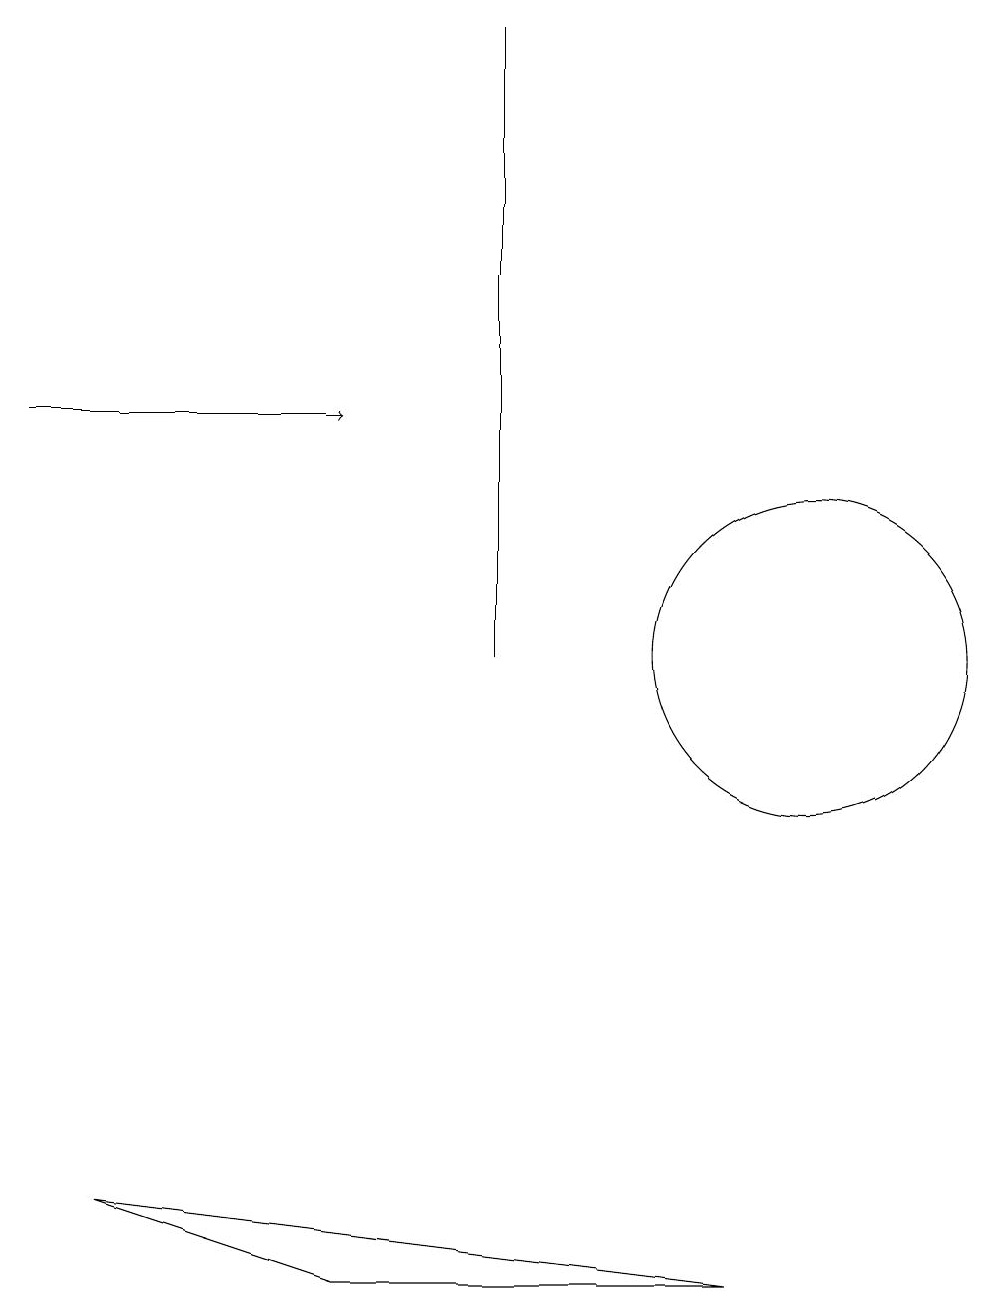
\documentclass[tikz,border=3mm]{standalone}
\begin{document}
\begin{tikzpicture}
\draw (6,10) rectangle (6,18);
\draw[->] (0,13) -- (4,13);
\draw (9,2) -- (1,3) -- (4,2) -- cycle;
\draw (10,10) circle (2);
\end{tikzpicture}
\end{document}